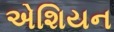
એશિયન